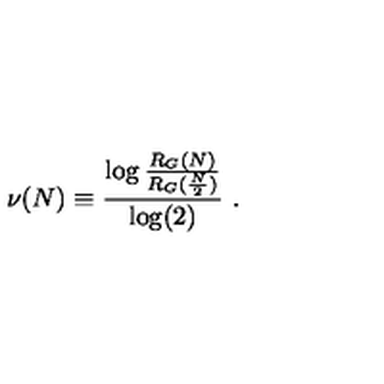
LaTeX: \nu ( N ) \equiv \frac { \log \frac { R _ { G } ( N ) } { R _ { G } ( \frac { N } { 2 } ) } } { \log ( 2 ) } \ .